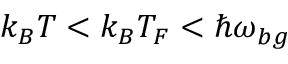
k _ { B } T < k _ { B } T _ { F } < \hbar \omega _ { b g }